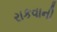
રાકવાની